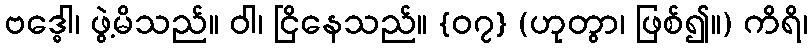
ဗဒ္ဓေါ၊ ဖွဲ့မိသည်။ ဝါ၊ ငြိနေသည်။ {၀၇} (ဟုတွာ၊ ဖြစ်၍။) ကိရိ၊